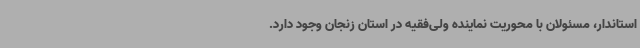
استاندار، مسئولان با محوریت نماینده ولی‌فقیه در استان زنجان وجود دارد.